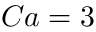
C a = 3